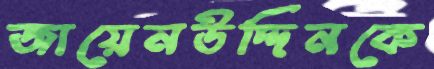
জায়েনউদ্দিনকে